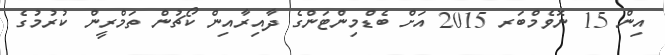
އިން 15 ނޮވެމްބަރ 2015 އަށް ބެޑްމިންޓަންގެ ދާއިރާއިން ކޯޗުން ތަމްރީން ކުރުމުގެ